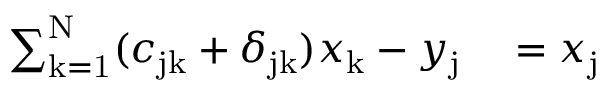
\begin{array} { r l } { \sum _ { \mathrm { k = 1 } } ^ { \mathrm { N } } ( c _ { \mathrm { j k } } + \delta _ { \mathrm { j k } } ) x _ { \mathrm { k } } - y _ { \mathrm { j } } } & { { } = x _ { \mathrm { j } } } \end{array}